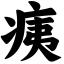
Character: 痍